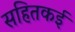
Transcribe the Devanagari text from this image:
सहितकई